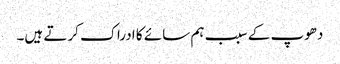
دھوپ کے سبب ہم سائے کا ادراک کرتے ہیں۔